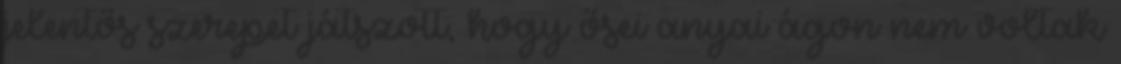
jelentős szerepet játszott, hogy ősei anyai ágon nem voltak